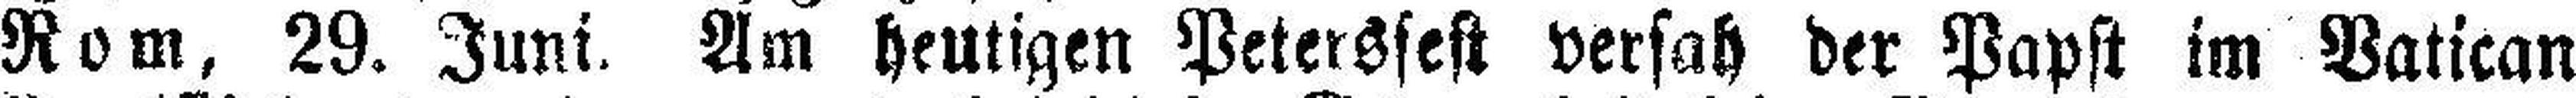
Rom, 29. Juni. Am heutigen Peterssest versah der Papst im Vatican